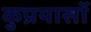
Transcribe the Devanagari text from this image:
कुप्रयासॉ